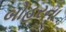
બોહરના